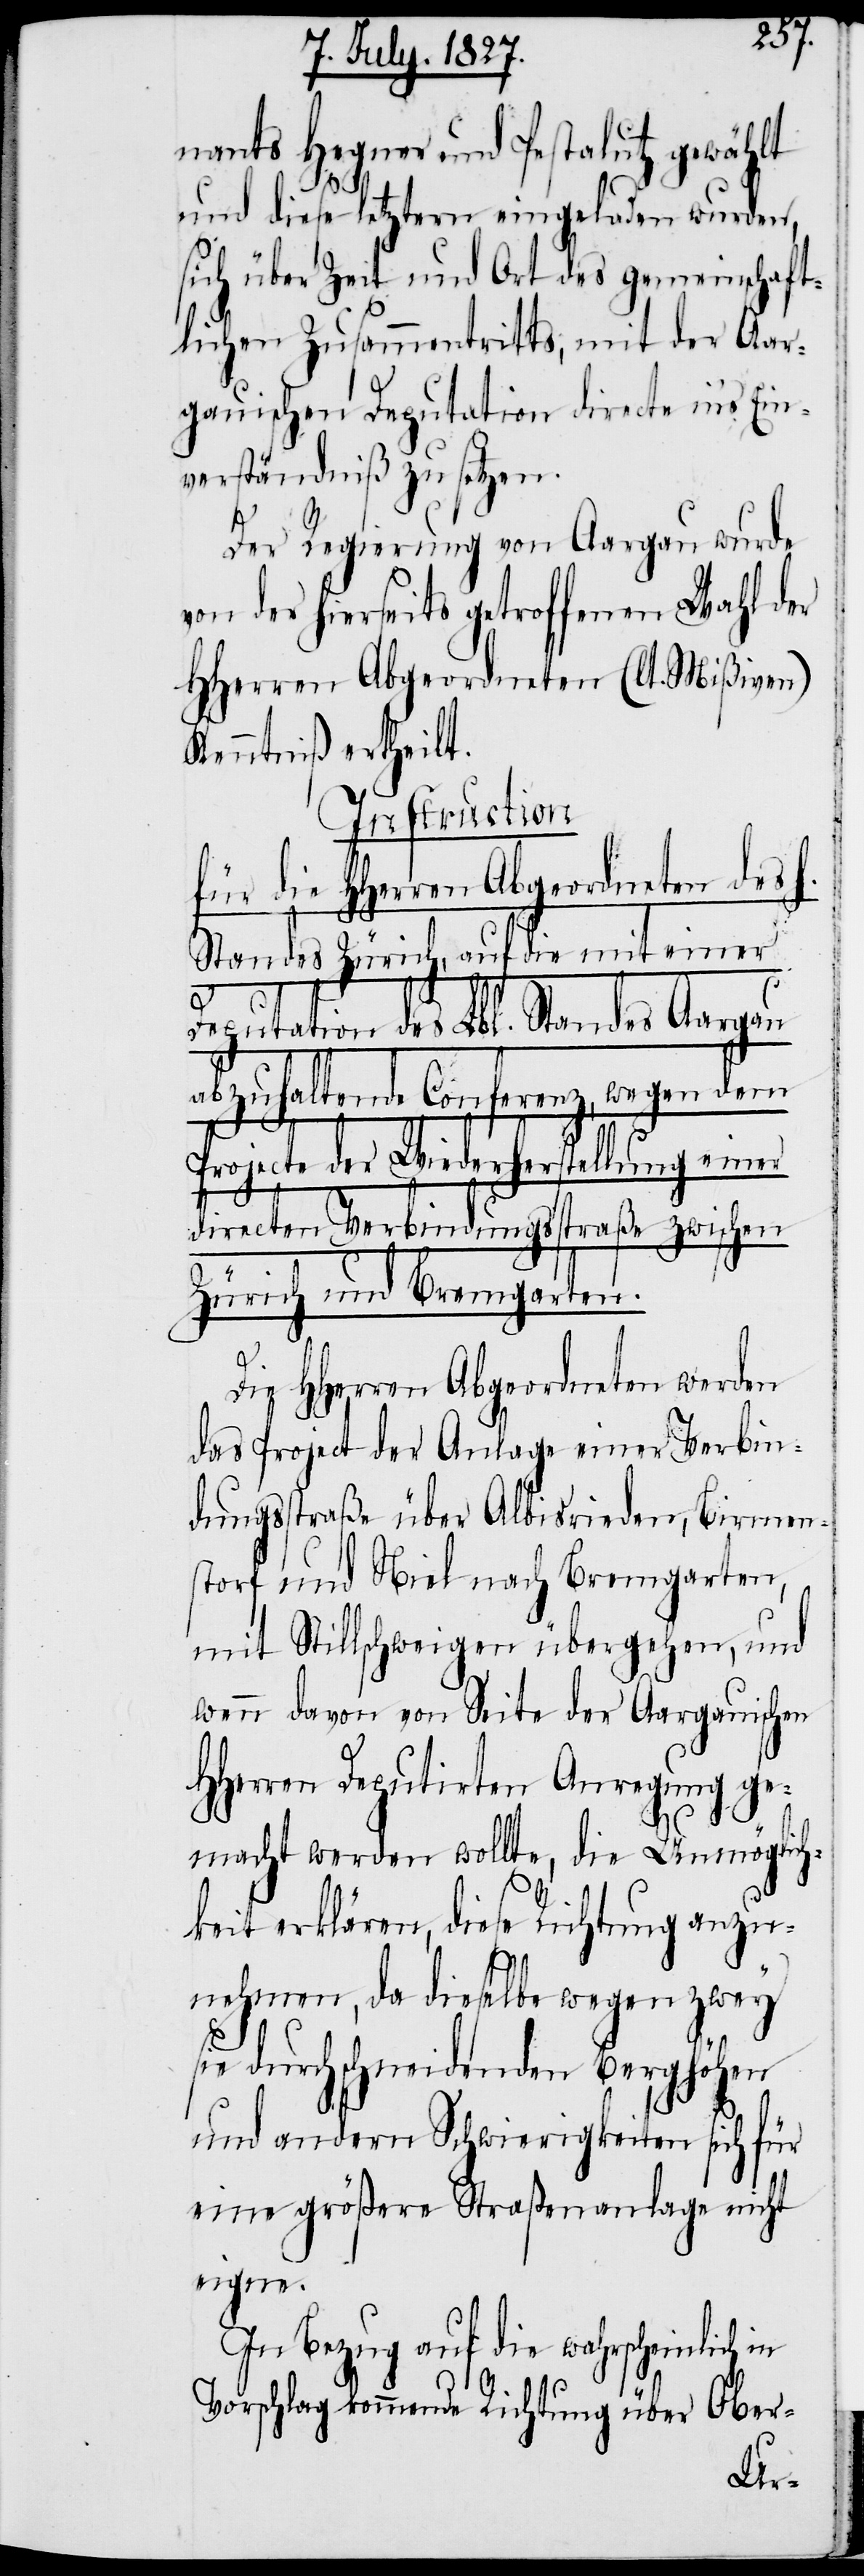
nants Hegner und Pestalutz gewählt
und diese letztern eingeladen wurden,
sich über Zeit und Ort des gemeinschaft¬
lichen Zusammentritts, mit der Aar¬
gauischen Deputation directe in’s Ein¬
verständniß zu setzen.
Der Regierung von Aargau wurde
von der hierseits getroffenen Wahl der
HHerrn Abgeordneten (lt. Mißiven)
Kenntniß ertheilt.
Instruction
für die HHerren Abgeordneten des h.
Standes Zürich, auf die mit einer
Deputation des Lbl. Standes Aargau
abzuhaltende Conferenz, wegen dem
Projecte der Wiederherstellung einer
directen Verbindungsstraße zwischen
Zürich und Bremgarten.
Die HHerren Abgeordneten werden
das Project der Anlage einer Verbin¬
dungsstraße über Albisrieden, Birmen¬
storf und Niel nach Bremgarten,
mit Stillschweigen übergehen, und
wenn davon von Seite der Aargauischen
HHerren Deputirten Anregung ge¬
macht werden wollte, die Unmöglich¬
keit erklären, diese Richtung anzu¬
nehmen, da dieselbe wegen zwey
sie durchschneidenden Berghöhen
und andern Schwierigkeiten sich für
eine größere Straßenanlage nicht
eigne.
In Bezug auf die wahrscheinlich in
Vorschlag kommende Richtung über Ober-